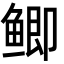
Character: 鲫